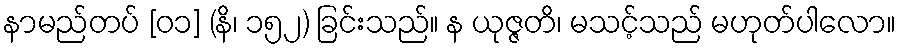
နာမည်တပ် [၀၁] (နိ၊ ၁၅၂) ခြင်းသည်။ န ယုဇ္ဇတိ၊ မသင့်သည် မဟုတ်ပါလော။